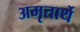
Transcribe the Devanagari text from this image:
अमृतार्थे